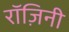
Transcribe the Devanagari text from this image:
रॉज़िनी